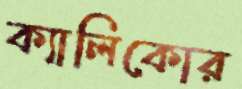
ক্যালিকোর